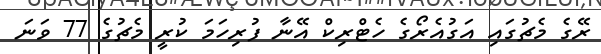
ރޭގެ މެޗުގައި އަގުއެރޯގެ ހެޓްރިކް އޭނާ ފުރިހަމަ ކުރީ މެޗުގެ 77 ވަނަ